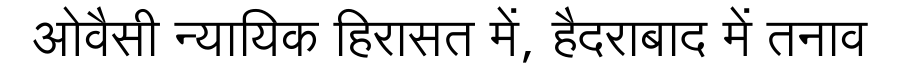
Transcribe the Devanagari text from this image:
ओवैसी न्यायिक हिरासत में, हैदराबाद में तनाव